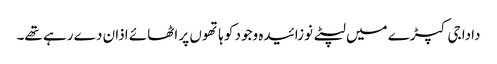
دادا جی کپڑے میں لپٹے نوزائیدہ وجود کو ہاتھوں پر اٹھائے اذان دے رہے تھے۔